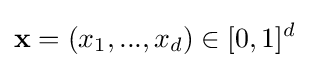
\mathbf {x} =(x_{1},...,x_{d})\in [0,1]^{d}